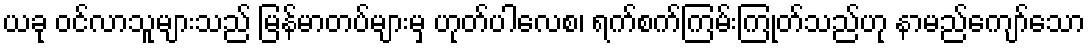
ယခု ဝင်လာသူများသည် မြန်မာတပ်များမှ ဟုတ်ပါလေစ၊ ရက်စက်ကြမ်းကြုတ်သည်ဟု နာမည်ကျော်သော